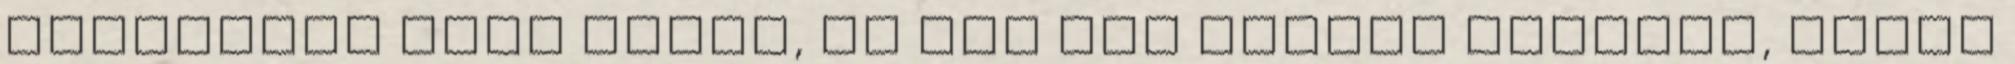
Bosszúsan fújt egyet, és már épp szólni készült, mikor